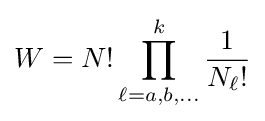
W=N!\prod _{\ell =a,b,\ldots }^{k}{\frac {1}{N_{\ell }!}}